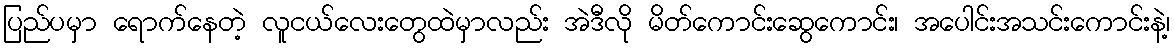
ပြည်ပမှာ ရောက်နေတဲ့ လူငယ်လေးတွေထဲမှာလည်း အဲဒီလို မိတ်ကောင်းဆွေကောင်း၊ အပေါင်းအသင်းကောင်းနဲ့၊